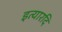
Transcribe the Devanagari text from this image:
इत्यारदि